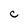
Character: c